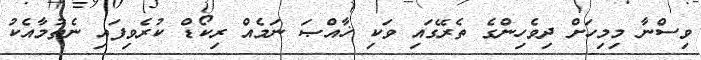
ވިސްނާ މިމިހަށް ދިވެހިންގެ ތެރޭގައި ވަކި ޚާއްޞަ ނަމެއް ރިކޯޑް ކުރެވިފައި ނެތުމާއެކު